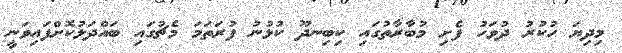
މިދިޔަ ހުކުރު ދުވަހު ފެށި މުބާރާތުގައި ކިބިނދޫ ކުޅުނު ފުރަތަމަ މެޗުގައި ބައްދަލުކޮށްފައިވަނީ